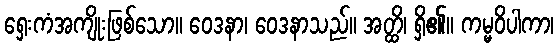
ရှေးကံအကျိုးဖြစ်သော။ ဝေဒနာ၊ ဝေဒနာသည်။ အတ္ထိ၊ ရှိ၏။ ကမ္မဝိပါကာ၊